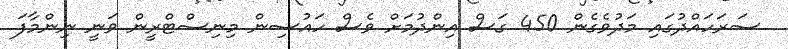
ސަރަހައްދުގައި މަދުވެގެން 450 ގަސް އިންދުމަށް ވެސް ހައުސިން މިނިސްޓްރީން ވަނީ ނިންމާފަ